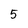
Character: 5